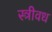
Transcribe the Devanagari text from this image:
स्त्रीवध